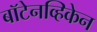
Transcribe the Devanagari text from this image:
बॉटेनव्हिकेन